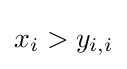
x_{i}>y_{i,i}